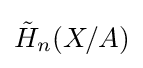
{\tilde {H}}_{n}(X/A)